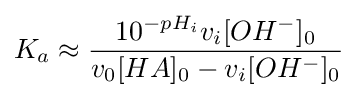
K_{a}\approx {\frac {10^{-pH_{i}}v_{i}[OH^{-}]_{0}}{v_{0}[HA]_{0}-v_{i}[OH^{-}]_{0}}}